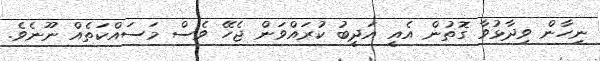
ނިހާން ވިދާޅުވާ ގޮތުން އެއީ އަދީބު ކުރައްވަން ޖެހޭ ވެސް މަަސައްކަތެއް ނޫނެވެ.